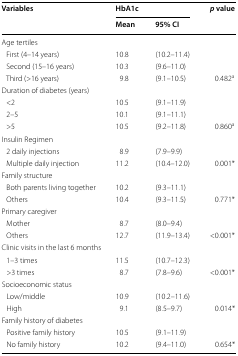
| <ROWSPAN=2> Variables | <COLSPAN=2> HbA1c | <ROWSPAN=2> p value |
 | Mean | 95% CI |
 | --- | --- | --- | --- |
 | <COLSPAN=4> Age tertiles |
 | First (4–14 years) | 10.8 | (10.2–11.4) |  |
 | Second (15–16 years) | 10.3 | (9.6–11.0) |  |
 | Third (>16 years) | 9.8 | (9.1–10.5) | 0.482a |
 | <COLSPAN=4> Duration of diabetes (years) |
 | <2 | 10.5 | (9.1–11.9) |  |
 | 2–5 | 10.1 | (9.1–11.1) |  |
 | >5 | 10.5 | (9.2–11.8) | 0.860a |
 | <COLSPAN=4> Insulin Regimen |
 | 2 daily injections | 8.9 | (7.9–9.9) |  |
 | Multiple daily injection | 11.2 | (10.4–12.0) | 0.001* |
 | <COLSPAN=4> Family structure |
 | Both parents living together | 10.2 | (9.3–11.1) |  |
 | Others | 10.4 | (9.3–11.5) | 0.771* |
 | <COLSPAN=4> Primary caregiver |
 | Mother | 8.7 | (8.0–9.4) |  |
 | Others | 12.7 | (11.9–13.4) | <0.001* |
 | <COLSPAN=4> Clinic visits in the last 6 months |
 | 1–3 times | 11.5 | (10.7–12.3) |  |
 | >3 times | 8.7 | (7.8–9.6) | <0.001* |
 | <COLSPAN=4> Socioeconomic status |
 | Low/middle | 10.9 | (10.2–11.6) |  |
 | High | 9.1 | (8.5–9.7) | 0.014* |
 | <COLSPAN=4> Family history of diabetes |
 | Positive family history | 10.5 | (9.1–11.9) |  |
 | No family history | 10.2 | (9.4–11.0) | 0.654* |